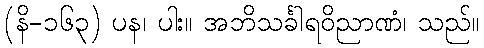
(နိ-၁၆၃) ပန၊ ပါး။ အဘိသင်္ခါရဝိညာဏံ၊ သည်။